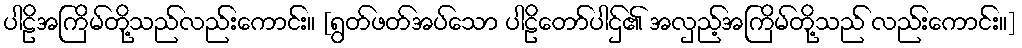
ပါဠိအကြိမ်တို့သည်လည်းကောင်း။ [ရွတ်ဖတ်အပ်သော ပါဠိတော်ပါဌ်၏ အလှည့်အကြိမ်တို့သည် လည်းကောင်း။]